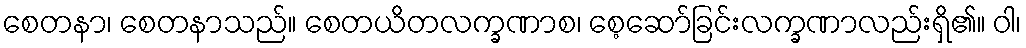
စေတနာ၊ စေတနာသည်။ စေတယိတလက္ခဏာစ၊ စေ့ဆော်ခြင်းလက္ခဏာလည်းရှိ၏။ ဝါ၊